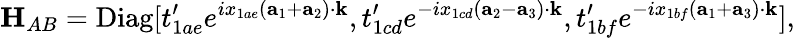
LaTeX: {\mathbf H}_{AB}=\mathrm{Diag}[t_{1ae}^{\prime}e^{ix_{1ae}({\mathbf a}_{1}+{\mathbf a}_{2})\cdot{\mathbf k}},t_{1cd}^{\prime}e^{-ix_{1cd}({\mathbf a}_{2}-{\mathbf a}_{3})\cdot{\mathbf k}},t_{1bf}^{\prime}e^{-ix_{1bf}({\mathbf a}_{1}+{\mathbf a}_{3})\cdot{\mathbf k}}],